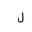
Letter: _lam